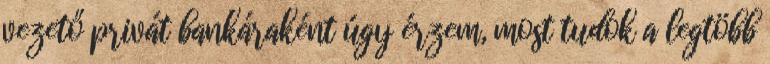
vezető privát bankáraként úgy érzem, most tudok a legtöbb